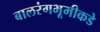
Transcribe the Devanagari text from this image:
बालरंगभूमीकडे